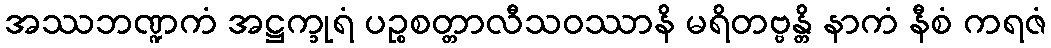
အဿဘဏ္ဍကံ အဋ္ဌက္ခုရံ ပဉ္စစတ္တာလီသဝဿာနိ မရိတဗ္ဗန္တိ နာကံ နီစံ ကရဇံ